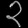
Digit: ၃